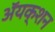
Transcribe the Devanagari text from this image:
ॲयक्शन